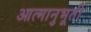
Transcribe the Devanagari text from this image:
आत्मानुभूती